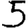
Digit: 5